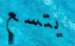
يتسع